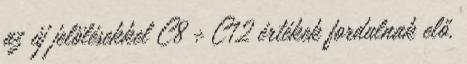
az új jelölésekkel C8 ÷ C12 értékek fordulnak elő.